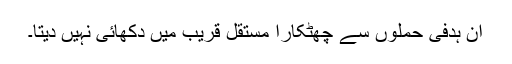
ان ہدفی حملوں سے چھٹکارا مستقل قریب میں دکھائی نہیں دیتا۔